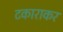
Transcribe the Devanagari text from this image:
टकाराकर